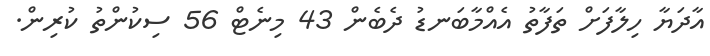
އާދަޔާ ހިލާފަށް ތަފާތު އެއްމާބަނޑު ދެބެން 43 މިނެޓް 56 ސިކުންތު ކުރިން.